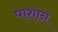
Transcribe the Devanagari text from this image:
पाशान